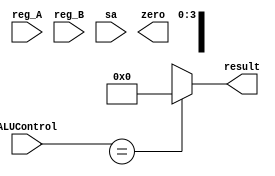
`timescale 100fs/100fs

// ALU module, output alu result, the zero is useless since I 
// remove the branch unit to the second stage (ID)
module ALU( input [3:0]   ALUControl
          , input [31:0] reg_A
          , input [31:0] reg_B
          , input [4:0]  sa
          , output reg [31:0] result
          , output reg zero 
          ); 

    always @(ALUControl or reg_A or reg_B or sa) 
    begin
        result = 32'b0;

        case (ALUControl)
            4'bxxxx: result = 32'b0;   // jr , j, jal

            4'b0000: result = reg_A & reg_B;  // and, andi

            4'b0001: result = reg_A | reg_B;  // or, ori

            4'b0010:  result = reg_A + reg_B;  // add,addi,addu,addiu,sw,lw

            4'b0011:                           // beq : equal branch
                    begin 
                        result = reg_A - reg_B;
                    end

            4'b0100:                        // bne : not equal branch
                    begin
                        result = reg_A - reg_B;        
                    end

            4'b0101: result = reg_B << reg_A;   //  sllv

            4'b0110: result = reg_A - reg_B;   // sub, subu

            4'b0111: result = $signed(reg_A) < $signed(reg_B) ? 32'b1 : 32'b0;   // slt, slti

            4'b1000: result = $unsigned(reg_A) < $unsigned(reg_B) ? 32'b1 : 32'b0; // sltu, sltiu

            4'b1001: result = reg_B >> reg_A;  // srlv

            4'b1010: result = $signed(reg_B) >>> (reg_A);  // srav

            4'b1011: result = reg_A ^ reg_B;      // xor, xori

            4'b1100: result = ~(reg_A|reg_B);   // nor
            
            4'b1101: result = reg_B << sa;     // sll

            4'b1110: result = reg_B >> sa;     // srl

            4'b1111: result = $signed(reg_B) >>> (sa);    // sra

        endcase
    end

endmodule